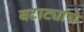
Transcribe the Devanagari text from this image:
बटाट्यांचे